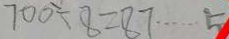
7 0 0 \div 8 = 8 7 \cdots 5